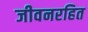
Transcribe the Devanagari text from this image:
जीवनरहित